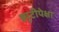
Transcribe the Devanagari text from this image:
ड्युटीपेक्षा